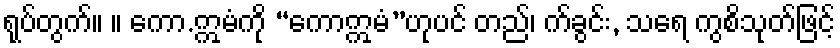
ရုပ်တွက်။ ။ ကော.ဣမံကို “ကောဣမံ”ဟုပင် တည်၊ က်ခွင်း, သရေ ကွစိသုတ်ဖြင့်